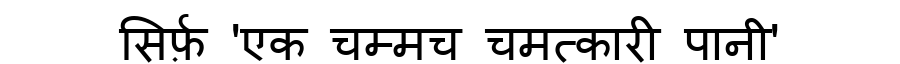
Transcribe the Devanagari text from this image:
सिर्फ़ 'एक चम्मच चमत्कारी पानी'